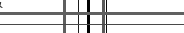
١٩